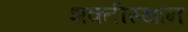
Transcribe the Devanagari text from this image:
शक्तीस्थान